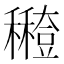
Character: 𥣸